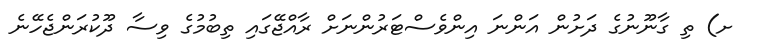
ށ) ތި ގާނޫނުގެ ދަށުން އަންނަ އިންވެސްޓަރުންނަށް ރާއްޖޭގައި ތިބުމުގެ ވިސާ ދޫކުރަންޖެހޭނެ